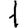
Digit: 1